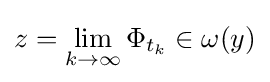
z=\lim _{k\rightarrow \infty }\Phi _{t_{k}}\in \omega (y)